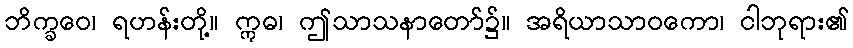
ဘိက္ခဝေ၊ ရဟန်းတို့။ ဣဓ၊ ဤသာသနာတော်၌။ အရိယာသာဝကော၊ ငါဘုရား၏